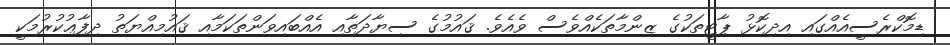
ޑިމޮކްރެސީއެއްގައި އިދިކޮޅު ޕާޓީތަކުގެ ޒިންމާތަކެއްވެސް ވެއެވެ. ޤައުމުގެ ސިޔާދަތާއި އެއްބައިވަންތަކަމާއި ޤައުމިއްޔަތު ދިފާޢުކުރުމަކީ